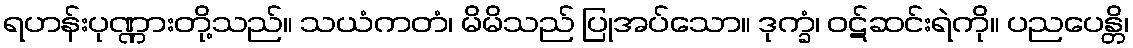
ရဟန်းပုဏ္ဏားတို့သည်။ သယံကတံ၊ မိမိသည် ပြုအပ်သော။ ဒုက္ခံ၊ ဝဋ်ဆင်းရဲကို။ ပညပေန္တိ၊